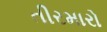
તીરમારો